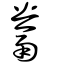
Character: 鬵